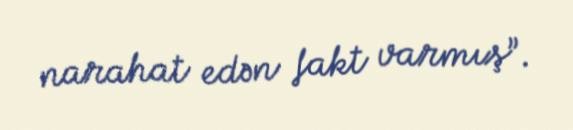
narahat edən fakt varmış”.